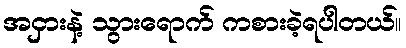
အငှားနဲ့ သွားရောက် ကစားခဲ့ရပါတယ်။